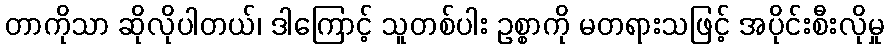
တာကိုသာ ဆိုလိုပါတယ်၊ ဒါကြောင့် သူတစ်ပါး ဥစ္စာကို မတရားသဖြင့် အပိုင်းစီးလိုမှု